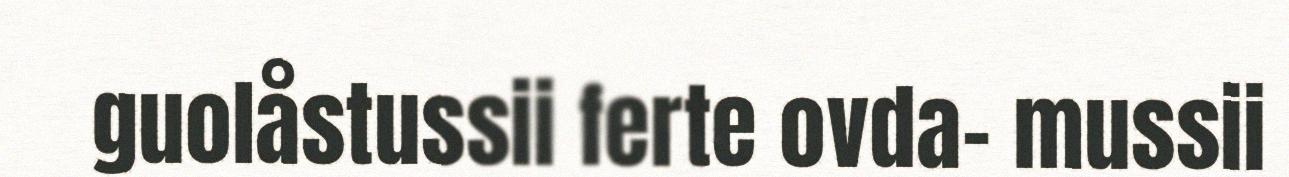
guolåstussii ferte ovda- mussii